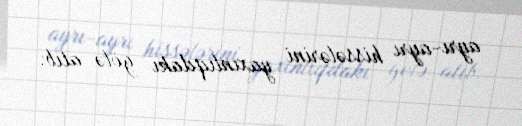
ayrı-ayrı hissələrini yaxınlıqdakı gölə atıb.